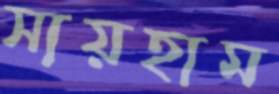
সায়হাম